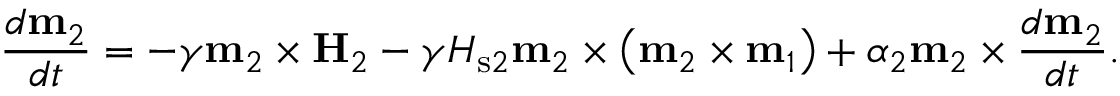
\frac { d \mathbf { m } _ { 2 } } { d t } = - \gamma \mathbf { m } _ { 2 } \times \mathbf { H } _ { 2 } - \gamma H _ { \mathrm { s } 2 } \mathbf { m } _ { 2 } \times \left( \mathbf { m } _ { 2 } \times \mathbf { m } _ { 1 } \right) + \alpha _ { 2 } \mathbf { m } _ { 2 } \times \frac { d \mathbf { m } _ { 2 } } { d t } .